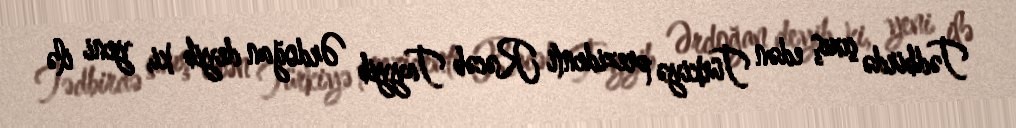
Tədbirdə çıxış edən Türkiyə prezidenti Rəcəb Tayyib Ərdoğan deyib ki, yeni ilə